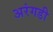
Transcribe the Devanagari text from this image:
अरंगडी